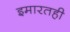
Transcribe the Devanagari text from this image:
इमारतही